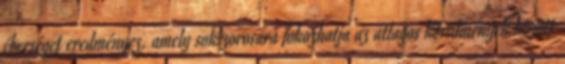
éberséget eredményez, amely sokszorosára fokozhatja az átlagos körülmények között